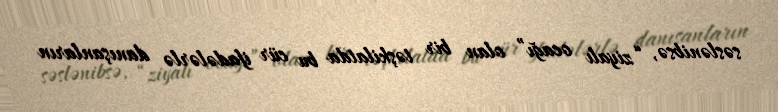
səslənibsə, “ziyalı ocağı” olan bir təşkilatda bu cür ifadələrlə danışanların